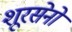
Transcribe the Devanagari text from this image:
शूरसेनो